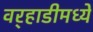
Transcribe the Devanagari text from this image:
वर्‍हाडीमध्ये